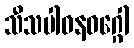
သီသပါဝနဝဂ္ဂေါ